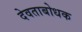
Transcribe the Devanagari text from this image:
देवताबोधक